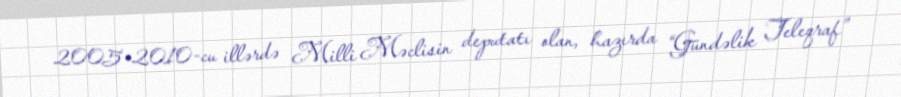
2005-2010-cu illərdə Milli Məclisin deputatı olan, hazırda “Gündəlik Teleqraf”